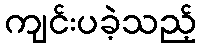
ကျင်းပခဲ့သည့်